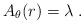
LaTeX: \begin{align*}A_\theta(r)=\lambda\;.\end{align*}